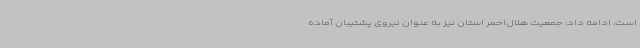
است، ادامه داد: جمعیت هلال‌احمر استان نیز به عنوان نیروی پشتیبان آماده